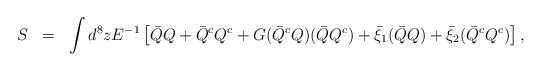
\begin{align*}\begin{array}{rcl} S&=&\displaystyle\int d^{8}z E^{-1} \left[\bar{Q}Q+\bar{Q}^{c}Q^{c} +G(\bar{Q}^{c}Q)(\bar{Q}Q^{c}) +\bar{\xi}_{1}(\bar{Q}Q) +\bar{\xi}_{2}(\bar{Q}^{c}Q^{c})\right],\end{array}\end{align*}